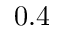
0 . 4